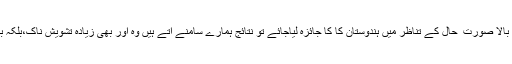
اگر متذکرہ بالا صورت ِ حال کے تناظر میں ہندوستان کا کا جائزہ لیاجائے تو نتائج ہمارے سامنے آتے ہیں وہ اور بھی زیادہ تشویش ناک،بلکہ بھیانک ہیں۔